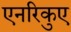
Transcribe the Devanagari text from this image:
एनरिकुए